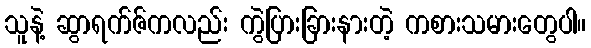
သူနဲ့ ဆွာရက်ဇ်ကလည်း ကွဲပြားခြားနားတဲ့ ကစားသမားတွေပါ။